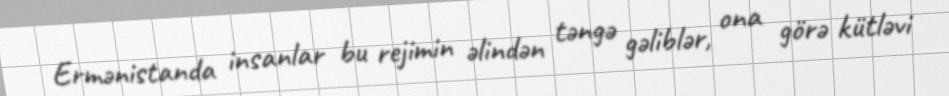
Ermənistanda insanlar bu rejimin əlindən təngə gəliblər, ona görə kütləvi